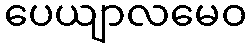
ပေယျာလမေဝ